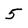
Character: 5